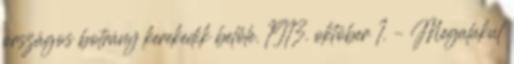
országos botrány kerekedik belőle. 1913. október 1. – Megalakul